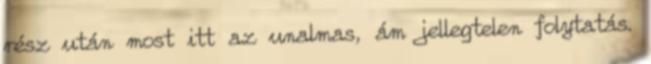
rész után most itt az unalmas, ám jellegtelen folytatás.